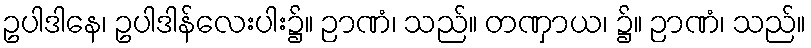
ဥပါဒါနေ၊ ဥပါဒါန်လေးပါး၌။ ဉာဏံ၊ သည်။ တဏှာယ၊ ၌။ ဉာဏံ၊ သည်။